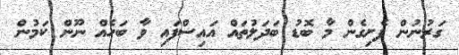
ގަރުނުން ފެށިގެން މާ ބޮޑު ބަދަލުތައް އައިސްފައި ވާ ބަހެއް ނޫން ކަމުން